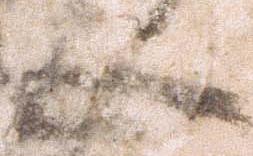
止